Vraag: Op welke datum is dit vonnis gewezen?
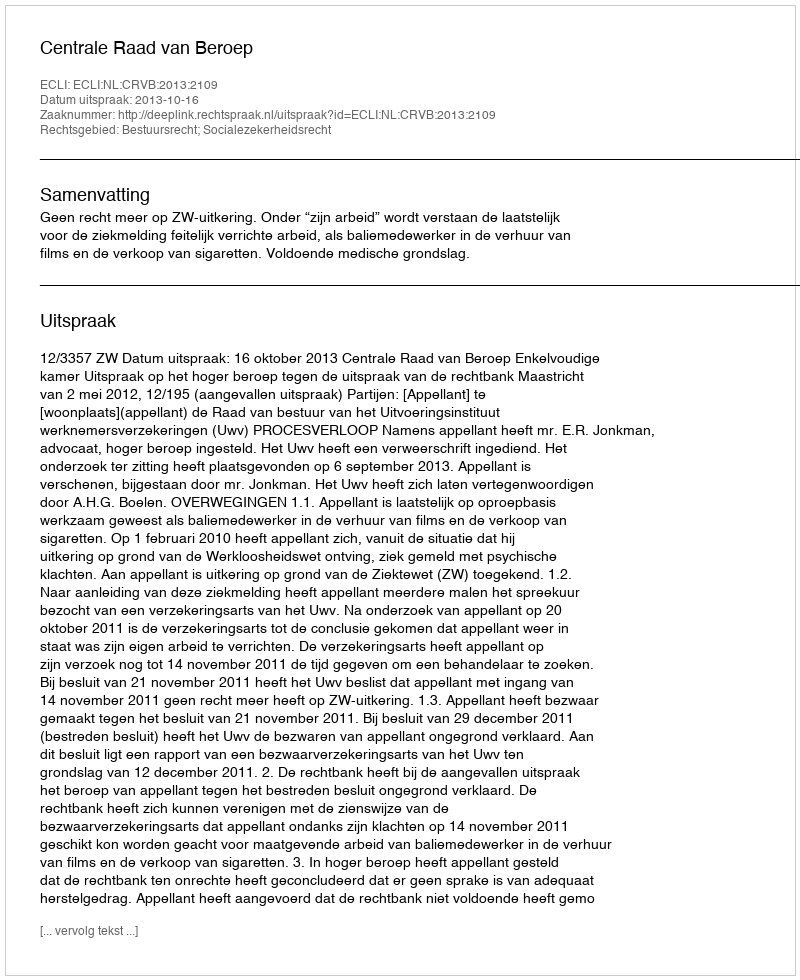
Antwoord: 2013-10-16